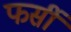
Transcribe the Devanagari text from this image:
फर्सी